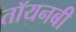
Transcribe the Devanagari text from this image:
तॉयनबी